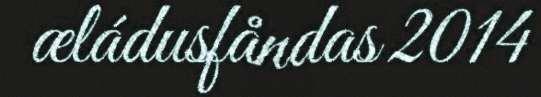
æládusfåndas 2014